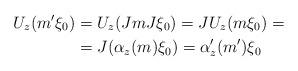
LaTeX: \begin{align*}U_{z}(m^{\prime}\xi_{0}) & =U_{z}(JmJ\xi_{0})=JU_{z}(m\xi_{0})=\\& =J(\alpha_{z}(m)\xi_{0})=\alpha_{z}^{\prime}(m^{\prime})\xi_{0}\end{align*}